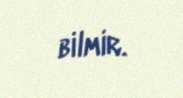
bilmir.